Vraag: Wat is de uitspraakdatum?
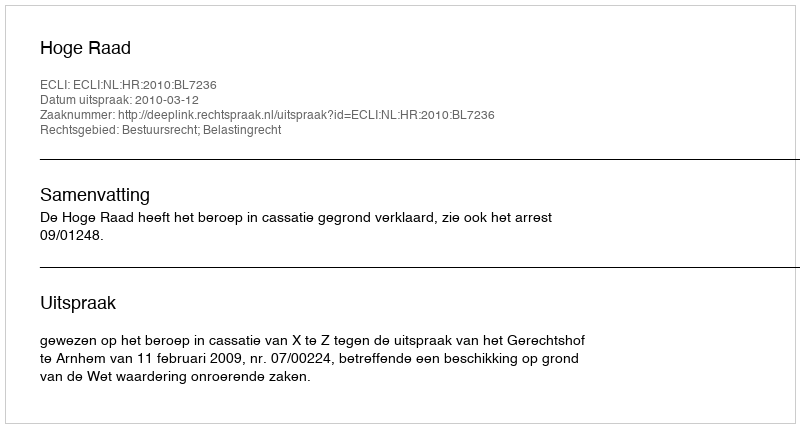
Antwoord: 2010-03-12